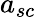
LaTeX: a_{sc}